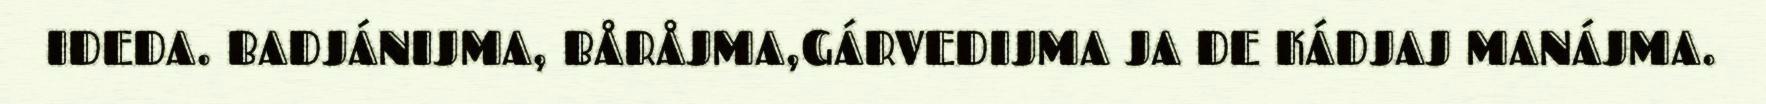
IDEDA. BADJÁNIJMA, BÅRÅJMA,GÁRVEDIJMA JA DE KÁDJAJ MANÁJMA.